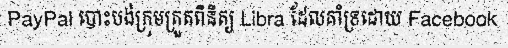
PayPal បោះបង់ក្រុមត្រួតពិនិត្យ Libra ដែលគាំទ្រដោយ Facebook